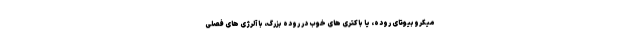
میکروبیوتای روده، یا باکتری های خوب در روده بزرگ، با آلرژی های فصلی